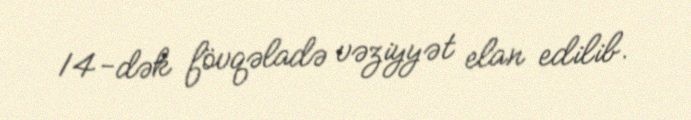
14-dək fövqəladə vəziyyət elan edilib.